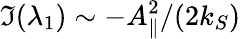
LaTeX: \Im(\lambda_{1})\sim-A_{\parallel}^{2}/(2k_{S})